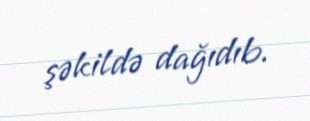
şəkildə dağıdıb.